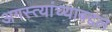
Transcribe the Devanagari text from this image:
अगस्त्यांच्याबद्दल